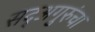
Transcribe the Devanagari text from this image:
सद्‍अगुरुंचा